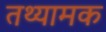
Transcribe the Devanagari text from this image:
तथ्यामक